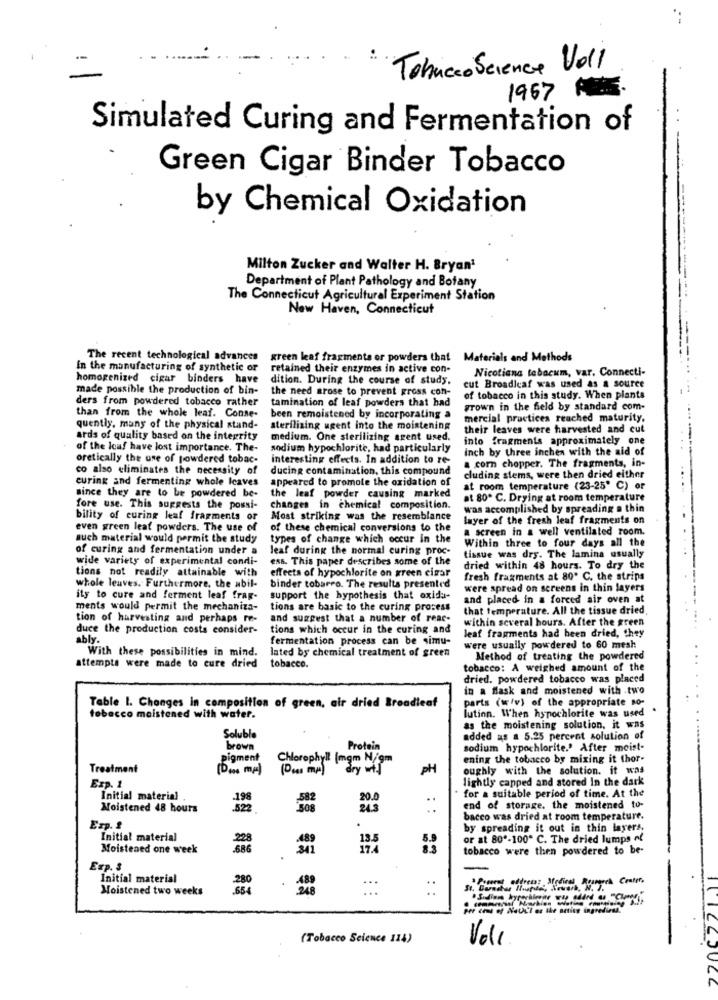
Tobricco Science Voll
1967 A.
Simulated Curing and Fermentation of
Green Cigar Binder Tobacco
by Chemical Oxidation
Milton Zucker and Walter H. Bryant
Department of Plant Pathology and Botany
The Connecticut Agricultural Experiment Station
New Haven, Connecticut
The recent technological advances
green leaf fragments or powders that Materials and Methods
In the manufacturing of synthetic or
retained their enzymes in active con-
Nicotiana tabacum, var. Connecti-
homogenized cigar binders have
dition. During the course of study.
made possible the production of bin-
the need grose to prevent gross con-
cut Broadleaf was used as a source
ders from powdered tobacco rather
tamination of leaf powders that had
of tobacco in this study. When plants
than from the whole leaf. Conse-
grown in the field by standard com-
been remoistened by incorporating a
mercial practices reached maturity,
quently, many of the physical stand-
sterilizing ugent into the moistening
their leaves were harvested and cut
ards of quality based on the integrity
medium. One sterilizing arent used.
into fragments approximately one
of the loaf have lost importance. The-
sodium hypochlorite, had particularly
inch by three inchen with the aid of
oretically the use of powdered tobac-
interesting effects. In addition to re-
a corn chopper. The fragments, in-
co also eliminates the necessity of
ducing contamination, this compound
curing and fermenting whole Icaves
appeared to promote the oxidation of
cluding stems, were then dried either
since they are to be powdered be-
at room temperature (23-25' C) or
the leaf powder causing marked
at 80º C. Drying at room temperature
fore use. This suggests the possi-
changes in chemical composition.
was accomplished by spreading a thin
bility of curing leaf fragments or
Most striking was the resemblance
layer of the fresh leaf fragments on
even green leaf powders. The use of
of these chemical conversions to the
a screen in a well ventilated room.
auch material would permit the study
types of change which occur In the
Within three to four days all the
of curing and fermentation under a
leaf during the normal curing proc-
wide variety of experimental condi-
ess. This paper describes some of the
tissue was drs. The lamina usually
effects of hypochlorite on green cimar
dried within 48 hours. To dry the
tions not readily attainable with
fresh fragments at 80º C. the strips
whole leaves. Furthermore, the abil-
binder tobarro. The results presented
were spread on screens in thin layers
ity to cure and ferment leaf frag-
support the hypothesis that oxidu-
and placed in a forced air oven at
ments would permit the mechaniza-
tions are basic to the curing process
that temperature. All the tissue dried,
tion of harvesting and perhaps re-
and suggest that a number of reac-
within several hours. After the green
duce the production costs consider-
tions which occur in the curing and
leaf fragments had been dried, they
ably.
fermentation process can be simu-
With these possibilities in mind.
lated by chemical treatment of green
were usually powdered to 60 mesh
Method of treating the powdered
attempts were made to cure dried
tobacco.
tobacco: A weighed amount of the
dried. powdered tobacco was placed
in a flask and moistened with .two
parts (w/v) of the appropriate so-
Table I. Changes in composition of green, air dried Breadleaf
lution. When hypochlorite was used
tobacco maistened with water.
as the moistening solution, it was
Soluble
added as a 5.25 percent solution of
brown
Protein
sodium hypochlorite.' After meist-
pigment
Chlorophyll [mgm N/gm
ening the tobacco by mixing it thor-
Treatment
(Pou mr)
dry wij
PH
oughly with the solution. it was
lightly capped and stored In the dark
Exp. 1
for a suitable period of time. At the
Initial material
..
Moistened 48 hours
822
24.3
end of storage. the moistened to-
.
bacco was dried at room temperature.
Exp. 2
by spreading it out in thin layers.
Initial material
or at 80º-100* C. The dried lumps al
Moistened one week
13.5
tobacco were then powdered to be-
Exp. 3
Initial material
280
.
...
Paneret actress: alsdical Romoch Center.
Moistened two weeks
654
per cent of NatA'l or the acting ingrediens.
(Tobacco Science 114)
Voll